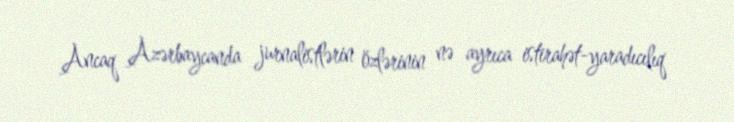
Ancaq Azərbaycanda jurnalistlərin özlərinin nə ayrıca istirahət-yaradıcılıq